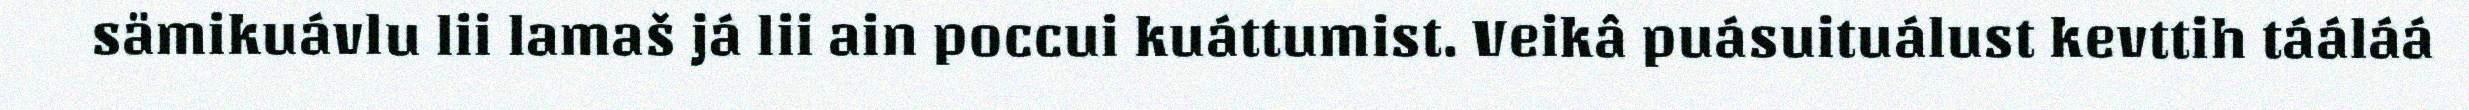
sämikuávlu lii lamaš já lii ain poccui kuáttumist. Veikâ puásuituálust kevttih tááláá